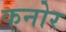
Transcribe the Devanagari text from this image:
कनोर